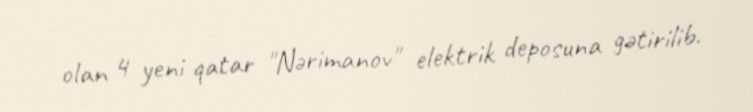
olan 4 yeni qatar "Nərimanov" elektrik deposuna gətirilib.